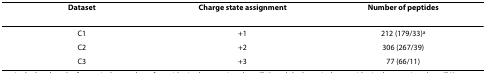
<table><thead><tr><td><b>Dataset</b></td><td><b>Charge state assignment</b></td><td><b>Number of peptides</b></td></tr></thead><tbody><tr><td>C1</td><td>+1</td><td>212 (179/33)<sup>a</sup></td></tr><tr><td>C2</td><td>+2</td><td>306 (267/39)</td></tr><tr><td>C3</td><td>+3</td><td>77 (66/11)</td></tr></tbody></table>